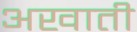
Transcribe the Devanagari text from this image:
अखाती